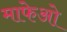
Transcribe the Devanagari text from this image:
माफेओ